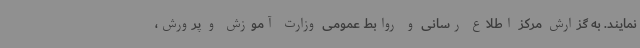
نمایند. به گزارش مرکز اطلاع رسانی و روابط عمومی وزارت آموزش و پرورش،